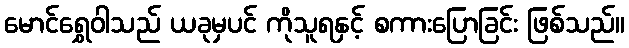
မောင်ရွှေဝါသည် ယခုမှပင် ကိုသူရနှင့် စကားပြောခြင်း ဖြစ်သည်။